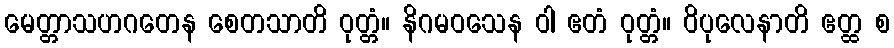
မေတ္တာသဟဂတေန စေတသာတိ ဝုတ္တံ။ နိဂမဝသေန ဝါ ဧတံ ဝုတ္တံ။ ဝိပုလေနာတိ ဧတ္ထ စ